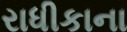
રાધીકાના